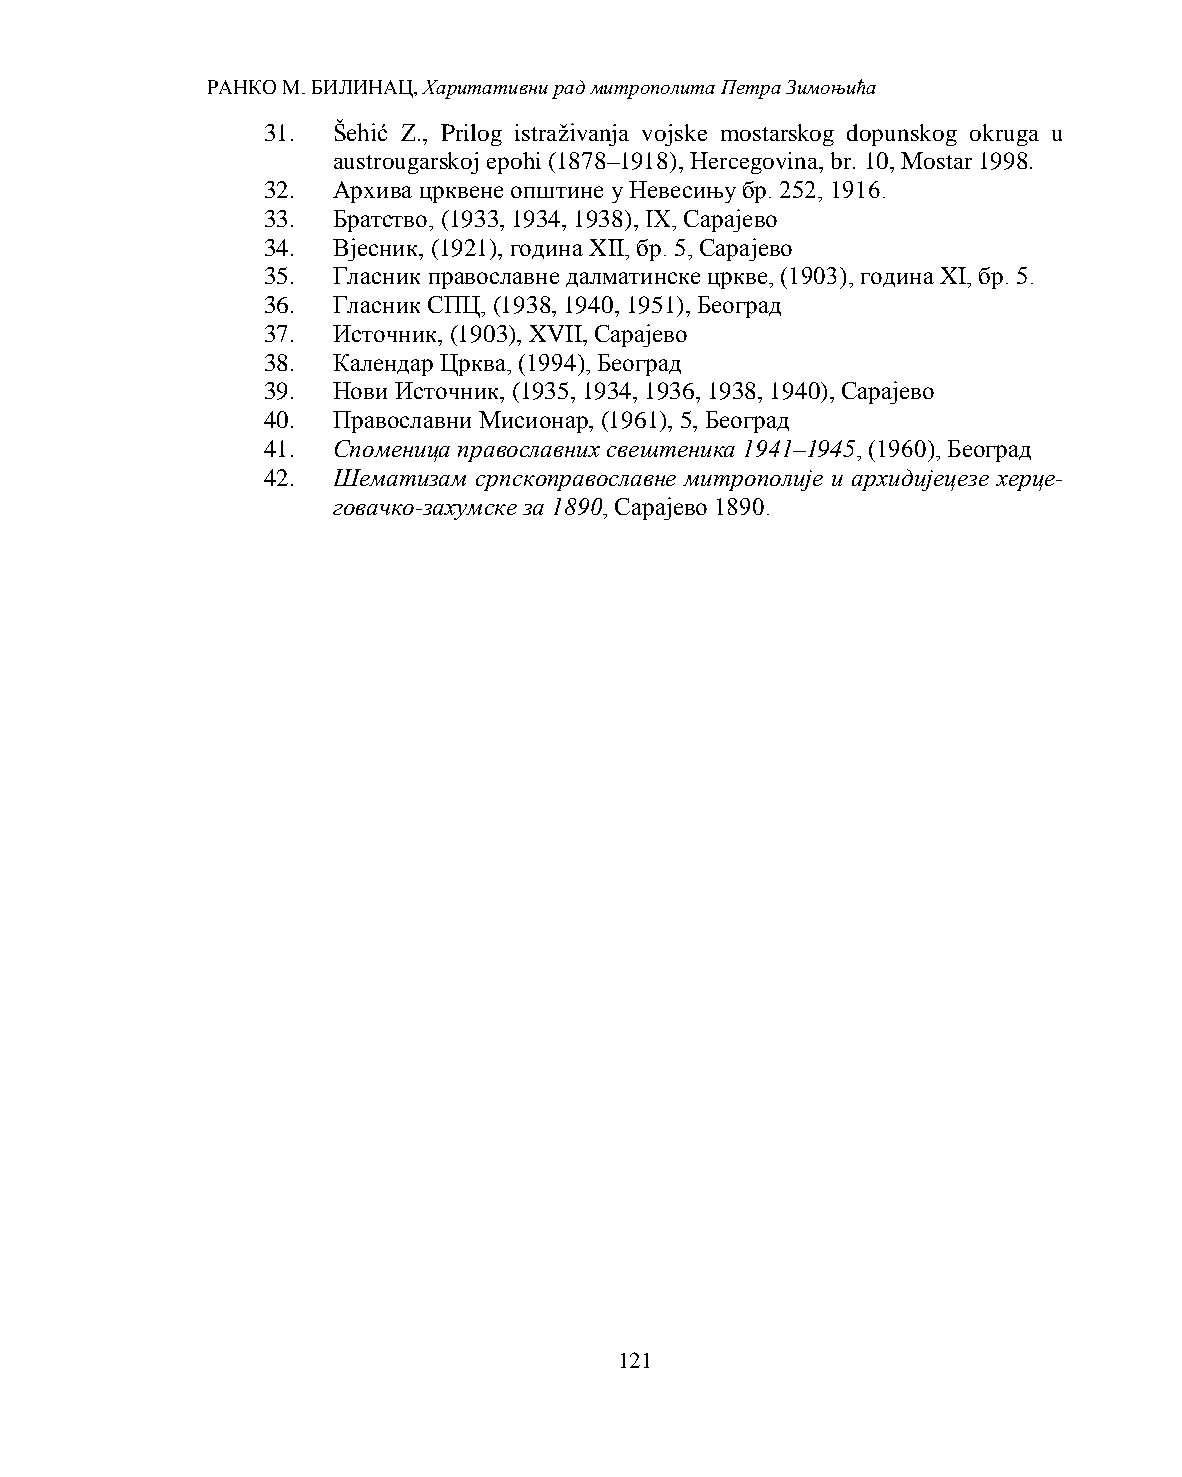
РАНКО М. БИЛИНАЦ, Харитативни рад митрополита Петра Зимоњића
 31.  Šehić Z., Prilog istraživanja vojske mostarskog dopunskog okruga u
 austrougarskoj epohi (1878–1918), Hercegovina, br. 10, Mostar 1998.
 32.  Архива црквене општине у Невесињу бр. 252, 1916.
 33.  Братство, (1933, 1934, 1938), IX, Сарајево
 34.  Вјесник, (1921), година XII, бр. 5, Сарајево
 35.  Гласник православне далматинске цркве, (1903), година XI, бр. 5.
 36.  Гласник СПЦ, (1938, 1940, 1951), Београд
 37.  Источник, (1903), XVII, Сарајево
 38.  Календар Црква, (1994), Београд
 39.  Нови Источник, (1935, 1934, 1936, 1938, 1940), Сарајево
 40.  Православни Мисионар, (1961), 5, Београд
 41.  Споменица православних свештеника 1941–1945, (1960), Београд
 42.  Шематизам српскоправославне митрополије и архидијецезе херце-
 говачко-захумске за 1890, Сарајево 1890.
 121